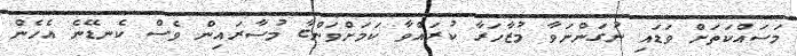
މަސައްކަތަށް ވަޑައި ނުގަންނަވާ މުޒާހަރާ ކުރައްވާ ކަމަށްވަންޏާ މުސާރައިން ވެސް ކެނޑޭނެ އެހެން